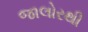
જાલોરથી